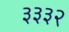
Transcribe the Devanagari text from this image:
३३३२